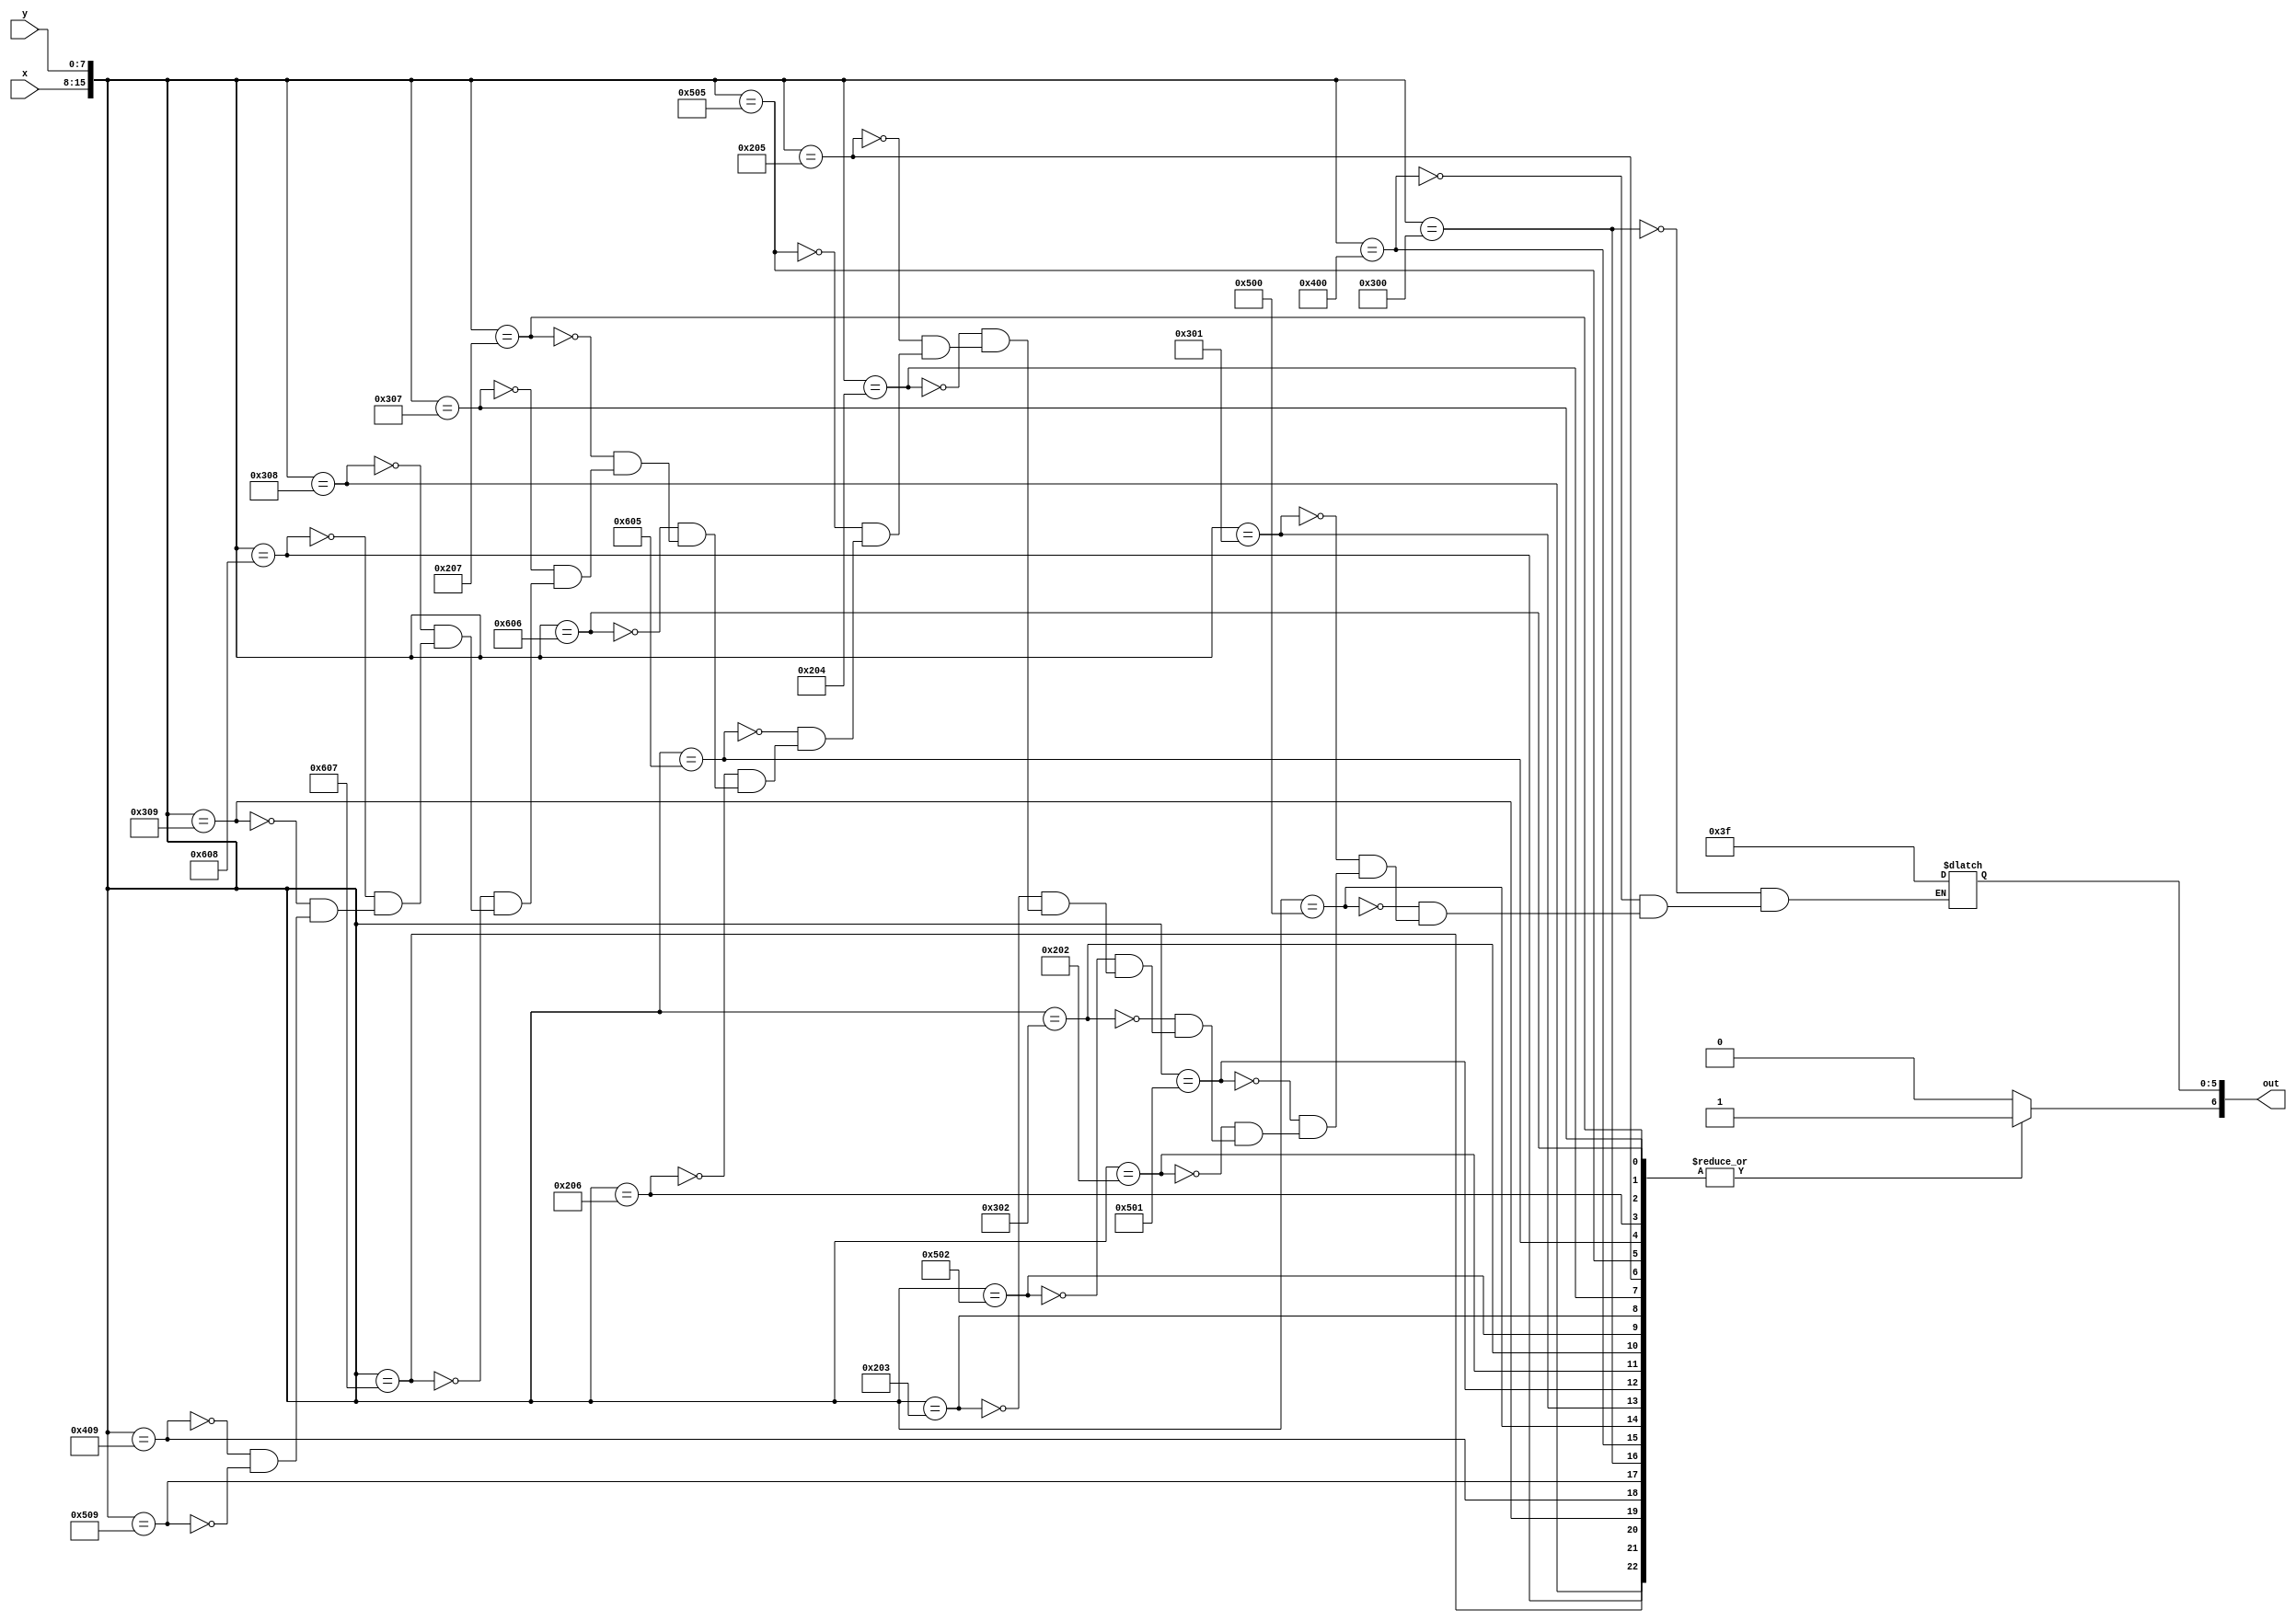
module char_g_lut(x, y, out);
	input [7:0] x;
	input [7:0] y;
	output reg [6:0] out;

	always@(*)
	begin
		out[6] <= 1'b1;
		case({x, y})
			16'h0300: out[5:0] <= 6'b111111;
			16'h0400: out[5:0] <= 6'b111111;
			16'h0500: out[5:0] <= 6'b111111;
			
			16'h0301: out[5:0] <= 6'b111111;
			16'h0501: out[5:0] <= 6'b111111;
			
			16'h0202: out[5:0] <= 6'b111111;
			16'h0302: out[5:0] <= 6'b111111;
			16'h0502: out[5:0] <= 6'b111111;
			
			16'h0203: out[5:0] <= 6'b111111;
			16'h0204: out[5:0] <= 6'b111111;
			
			16'h0205: out[5:0] <= 6'b111111;
			16'h0505: out[5:0] <= 6'b111111;
			16'h0605: out[5:0] <= 6'b111111;
			
			16'h0206: out[5:0] <= 6'b111111;
			16'h0606: out[5:0] <= 6'b111111;
			
			16'h0207: out[5:0] <= 6'b111111;
			16'h0307: out[5:0] <= 6'b111111;
			16'h0607: out[5:0] <= 6'b111111;
			
			16'h0308: out[5:0] <= 6'b111111;
			16'h0608: out[5:0] <= 6'b111111;
			
			16'h0309: out[5:0] <= 6'b111111;
			16'h0409: out[5:0] <= 6'b111111;
			16'h0509: out[5:0] <= 6'b111111;
			default: out[6] <= 1'b0;
		endcase
	end
endmodule
module char_g(x, y, flush_x, flush_y, colour, enable);
	input [7:0] x;
	input [7:0] y;
	input [7:0] flush_x;
	input [7:0] flush_y;
	
	output [5:0] colour;
	output enable;
	
	wire [6:0] lut_out;
	
	char_g_lut(flush_x - x, flush_y - y, lut_out);
	
	assign colour = lut_out[5:0];
	assign enable = lut_out[6];
endmodule